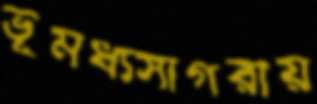
ভূমধ্যসাগরীয়